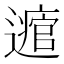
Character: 𨘃